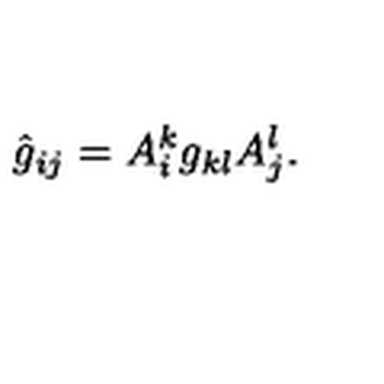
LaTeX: \hat { g } _ { i j } = A _ { i } ^ { k } g _ { k l } A _ { j } ^ { l } .